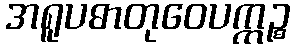
အရူပဓာတုဝေပက္ကဉ္စ